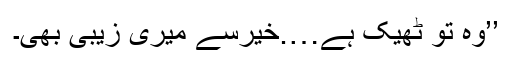
’’وہ تو ٹھیک ہے….خیرسے میری زیبی بھی۔